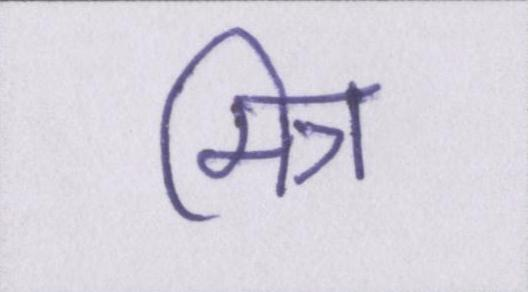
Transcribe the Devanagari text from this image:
मित्र